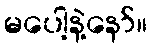
မပေါ့နဲ့နော်။